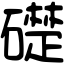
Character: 礎